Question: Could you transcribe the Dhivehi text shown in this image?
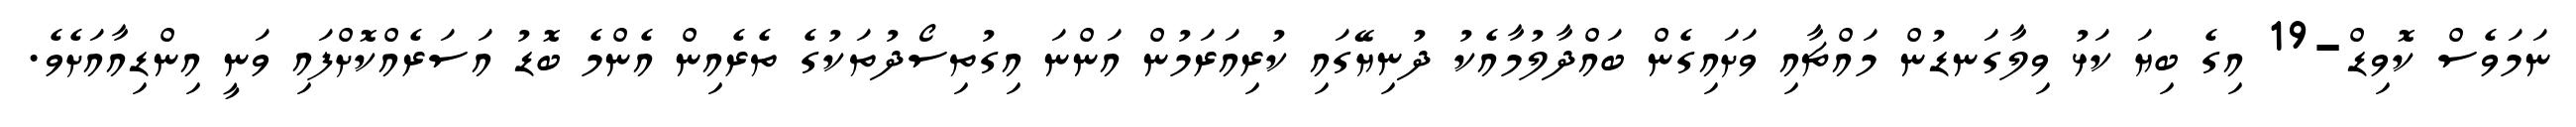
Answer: ނަމަވެސް ކޮވިޑް-19 އިގެ ބިޔަ ކަޅު ވިލާގަނޑުން މައްޗާއި ވަށައިގެން ބައްދާލުމާއެކު ދުނިޔޭގައި ކުރިއަރަމުން އަންނަ އިގުތިސޯދުތަކުގެ ތެރެއިން އެންމެ ބޮޑު އަސަރެއްކޮށްފައި ވަނީ އިންޑިއާއަށެވެ.